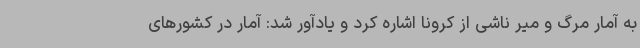
به آمار مرگ و میر ناشی از کرونا اشاره کرد و یادآور شد: آمار در کشورهای